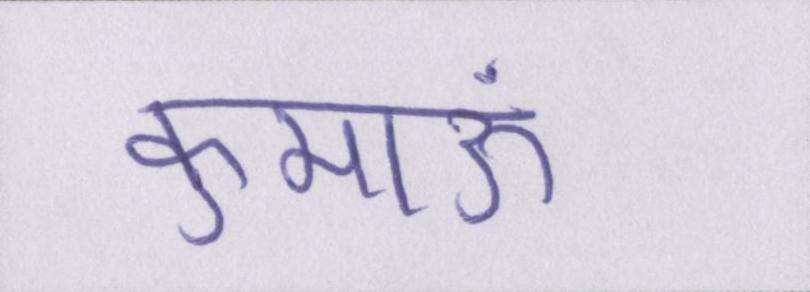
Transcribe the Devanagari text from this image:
कुमाऊं